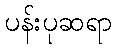
ပန်းပုဆရာ